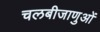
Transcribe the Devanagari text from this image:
चलबीजाणुओं